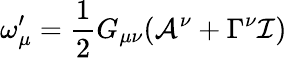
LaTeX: \omega_{\mu}^{\prime}=\frac{1}{2}G_{\mu\nu}(\mathcal{A}^{\nu}+\Gamma^{\nu}\mathcal{I})